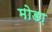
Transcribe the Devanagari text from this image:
मोडा़